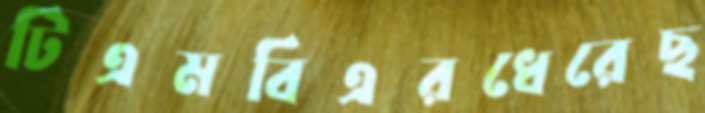
টিএমবিএরধেরেছ